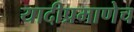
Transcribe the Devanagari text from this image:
यादीप्रमाणेच